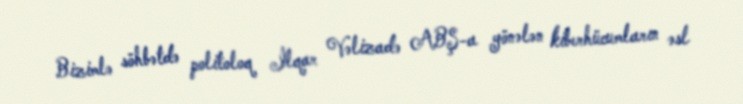
Bizimlə söhbətdə politoloq İlqar Vəlizadə ABŞ-a yönələn kiberhücumların əsl